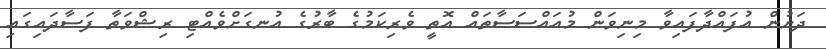
ދަށުން އުފައްދާފައިވާ މިނިވަން މުއައްސަސާތައް އޮތީ ވެރިކަމުގެ ބާރުގެ އުނގަށްވެއްޓި ރިޝްވަތާ ފަސާދައިގައި